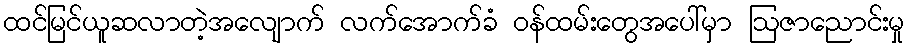
ထင်မြင်ယူဆလာတဲ့အလျောက် လက်အောက်ခံ ဝန်ထမ်းတွေအပေါ်မှာ ဩဇာညောင်းမှု